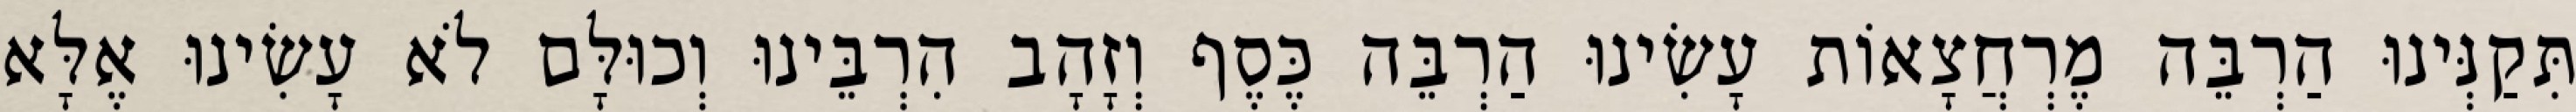
תִּקַנְּינוּ הַרְבֵּה מֶרְחֲצָאוֹת עָשִׂינוּ הַרְבֵּה כֶּסֶף וְזָהָב הִרְבֵּינוּ וְכוּלָּם לֹא עָשִׂינוּ אֶלָּא